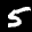
Label: 5